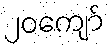
၂၀ကျော်